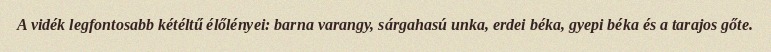
A vidék legfontosabb kétéltű élőlényei: barna varangy, sárgahasú unka, erdei béka, gyepi béka és a tarajos gőte.